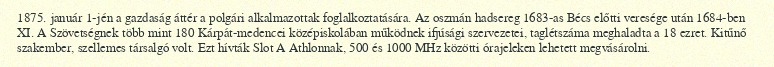
1875. január 1-jén a gazdaság áttér a polgári alkalmazottak foglalkoztatására. Az oszmán hadsereg 1683-as Bécs előtti veresége után 1684-ben XI. A Szövetségnek több mint 180 Kárpát-medencei középiskolában működnek ifjúsági szervezetei, taglétszáma meghaladta a 18 ezret. Kitűnő szakember, szellemes társalgó volt. Ezt hívták Slot A Athlonnak, 500 és 1000 MHz közötti órajeleken lehetett megvásárolni.